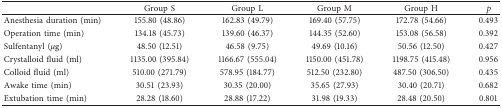
|  | Group S | Group L | Group M | Group H | p |
 | --- | --- | --- | --- | --- | --- |
 | Anesthesia duration (min) | 155.80 (48.86) | 162.83 (49.79) | 169.40 (57.75) | 172.78 (54.66) | 0.493 |
 | Operation time (min) | 134.18 (45.73) | 139.60 (46.37) | 144.35 (52.60) | 153.08 (56.58) | 0.392 |
 | Sulfentanyl (μg) | 48.50 (12.51) | 46.58 (9.75) | 49.69 (10.16) | 50.56 (12.50) | 0.427 |
 | Crystalloid fluid (ml) | 1135.00 (395.84) | 1166.67 (555.04) | 1150.00 (451.78) | 1198.75 (415.48) | 0.956 |
 | Colloid fluid (ml) | 510.00 (271.79) | 578.95 (184.77) | 512.50 (232.80) | 487.50 (306.50) | 0.435 |
 | Awake time (min) | 30.51 (23.93) | 30.35 (20.00) | 35.65 (27.93) | 30.40 (20.71) | 0.682 |
 | Extubation time (min) | 28.28 (18.60) | 28.88 (17.22) | 31.98 (19.33) | 28.48 (20.50) | 0.801 |